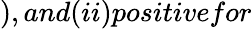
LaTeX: ),and(ii)positivefor